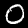
Label: 0